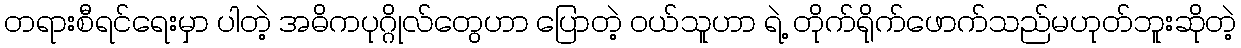
တရားစီရင်ရေးမှာ ပါတဲ့ အဓိကပုဂ္ဂိုလ်တွေဟာ ပြောတဲ့ ဝယ်သူဟာ ရဲ့ တိုက်ရိုက်ဖောက်သည်မဟုတ်ဘူးဆိုတဲ့